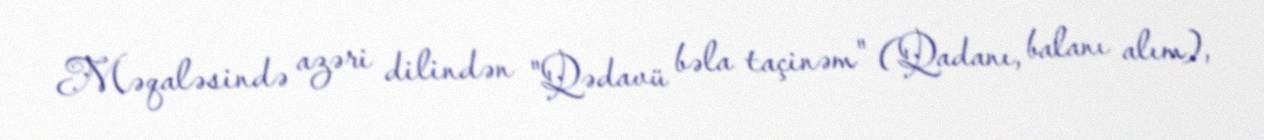
Məqaləsində azəri dilindən "Qədavü bəla taçinəm" (Qadanı, balanı alım),